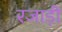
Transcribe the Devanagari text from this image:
रजाड़ी